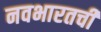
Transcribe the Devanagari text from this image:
नवभारतची